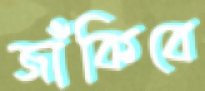
জাঁকিবে